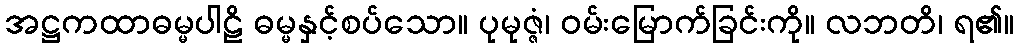
အဋ္ဌကထာဓမ္မပါဠိ ဓမ္မနှင့်စပ်သော။ ပုမုဇ္ဇံ၊ ဝမ်းမြောက်ခြင်းကို။ လဘတိ၊ ရ၏။